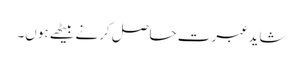
شاید عبرت حاصل کرنے بیٹھے ہوں۔